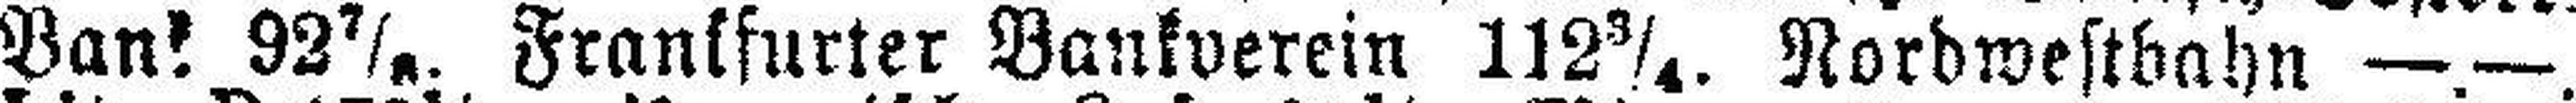
Bank 92 7/8. Frankfurter Bankverein 112 3/4. Nordwestbahn — .—.